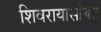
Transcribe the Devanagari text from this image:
शिवरायांसोबत